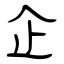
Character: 企